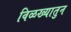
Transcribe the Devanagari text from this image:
विळख्यातुन